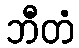
ဘီတံ